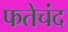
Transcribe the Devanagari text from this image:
फतेचंद